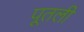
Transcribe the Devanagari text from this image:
पूतली